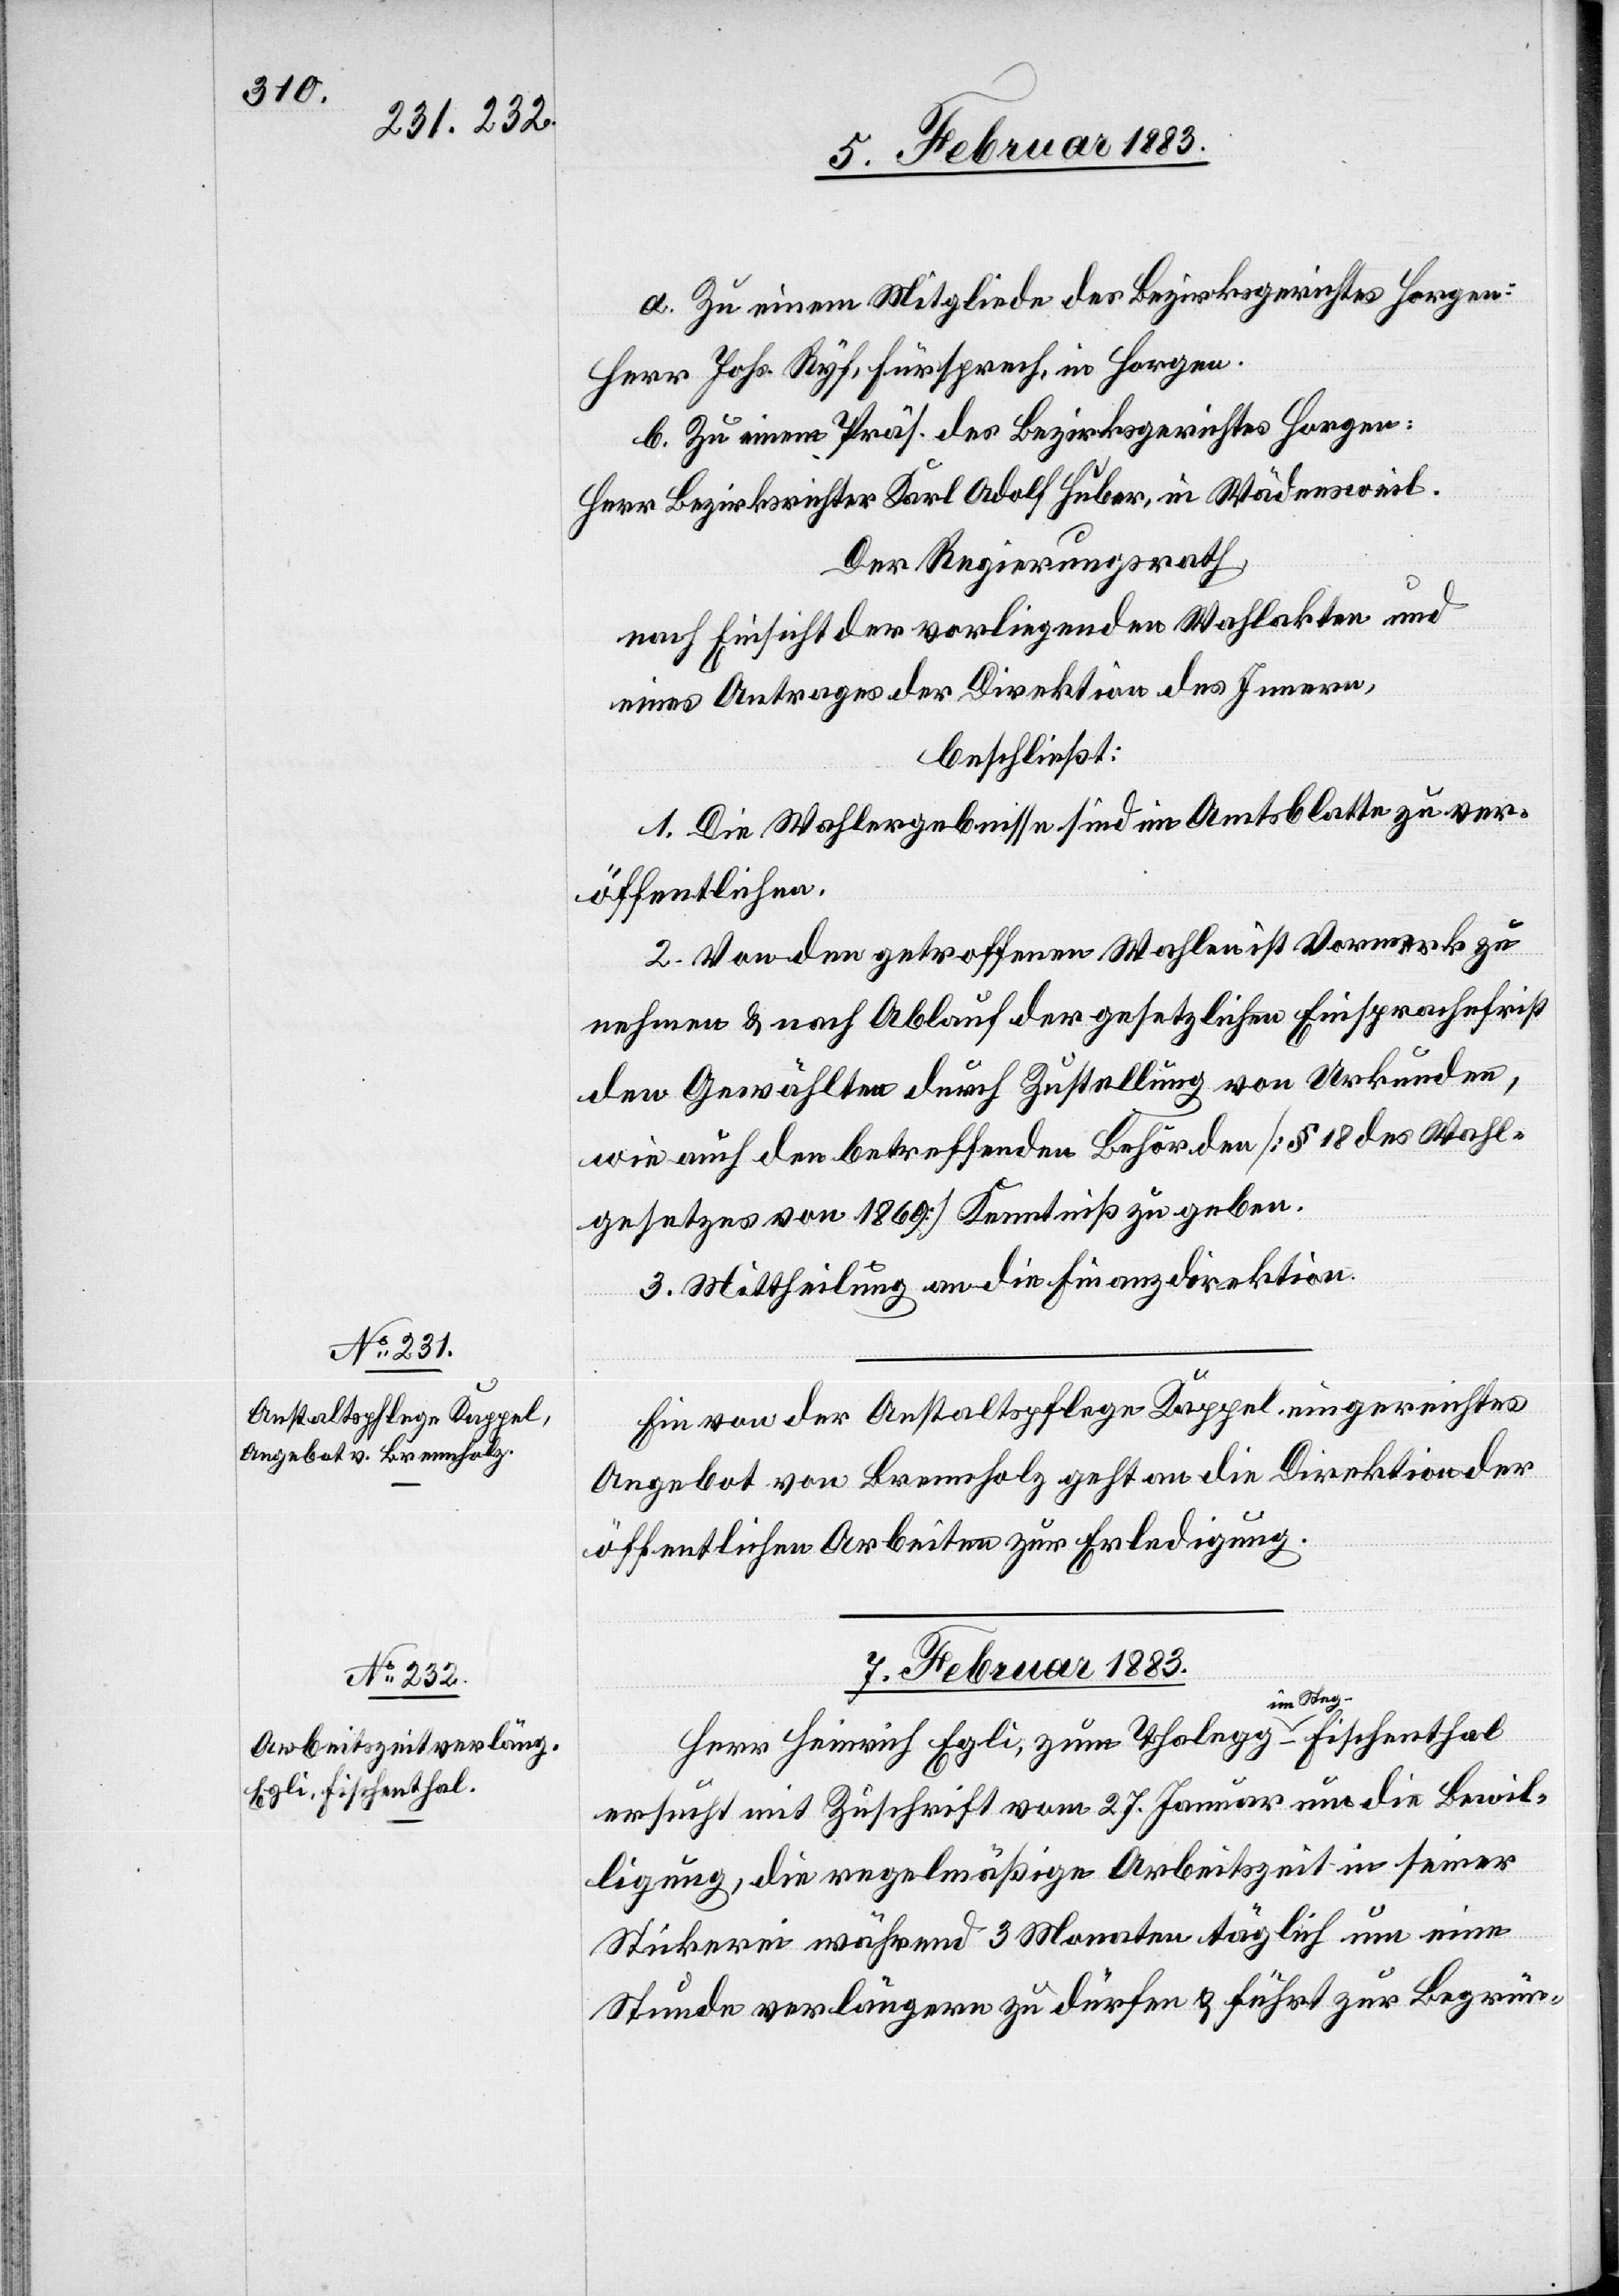
6. Februar 1883.]
a. Zu einem Mitgliede des Bezirksgerichtes Horgen:
Herr Johs. Ryf, Fürsprech, in Horgen.
b. Zu einem Präs. des Bezirksgerichtes Horgen:
Herr Bezirksrichter Karl Adolf Huber, in Wädensweil.
Der Regierungsrath,
nach Einsicht der vorliegenden Wahlakten und
eines Antrages der Direktion des Innern,
beschließt:
1. Die Wahlergebnisse sind im Amtsblatte zu ver¬
öffentlichen.
2. Von den getroffenen Wahlen ist Vormerk zu
nehmen & nach Ablauf der gesetzlichen Einsprachefrist
den Gewählten durch Zustellung von Urkunden,
wie auch den betreffenden Behörden [§ 18 des Wahl¬
gesetzes von 1869] Kenntniß zu geben.
3. Mittheilung an die Finanzdirektion.
Ein von der Anstaltspflege Kappel eingereichtes
Angebot von Brennholz geht an die Direktion der
öffentlichen Arbeiten zur Erledigung.
7. Februar 1883.
Herr Heinrich Egli, zum Thalegg im Steg - Fischenthal
ersucht mit Zuschrift vom 27. Januar um die Bewil¬
ligung, die regelmäßige Arbeitszeit in seiner
Stickerei während 3 Monaten täglich um eine
Stunde verlängern zu dürfen & führt zur Begrün-